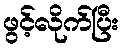
ဖွင့်လိုက်ပြီး